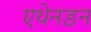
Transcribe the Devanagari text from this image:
एथेनडन